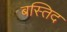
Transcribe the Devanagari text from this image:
बस्तिद